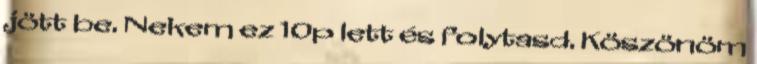
jött be. Nekem ez 10p lett és folytasd. Köszönöm